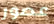
عصور